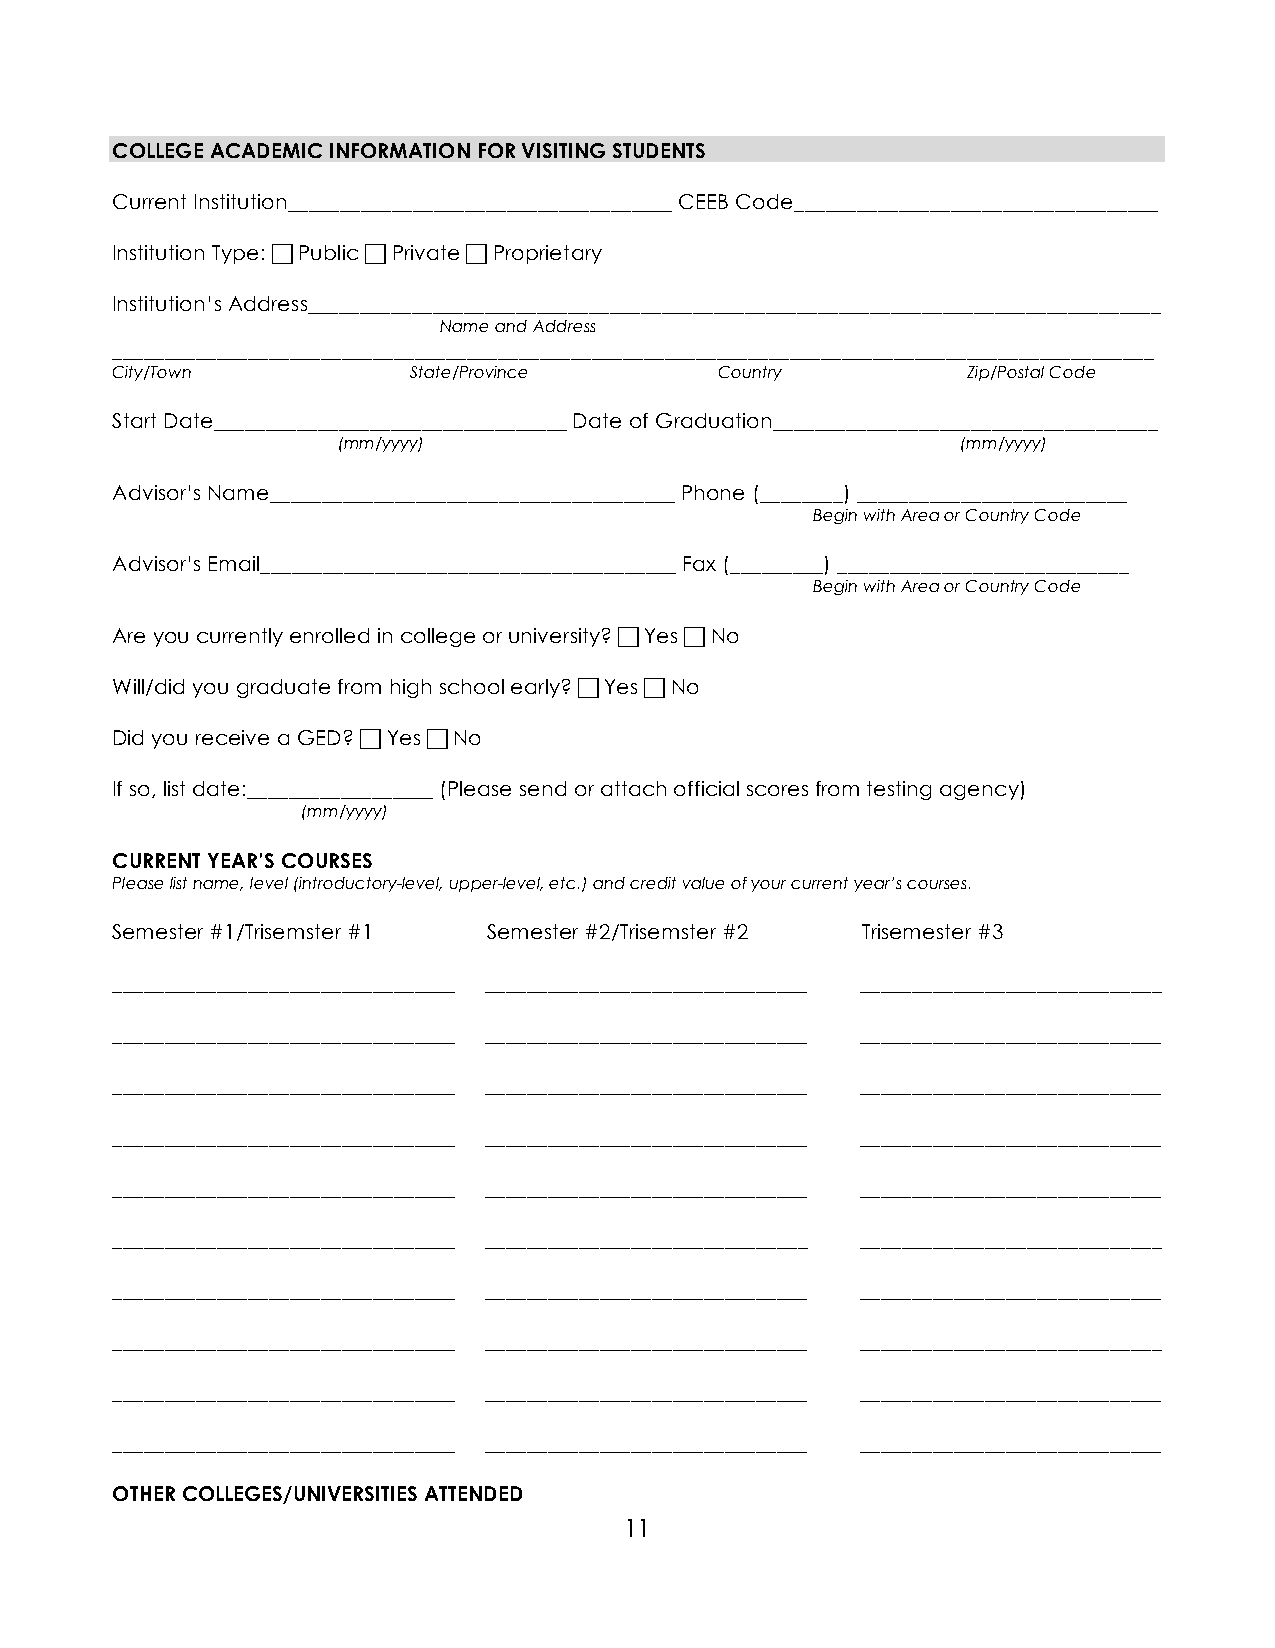
COLLEGE ACADEMIC INFORMATION FOR VISITING STUDENTS
 Current Institution_____________________________________ CEEB Code___________________________________
 Institution Type:  Public  Private  Proprietary
 Institution’s Address__________________________________________________________________________________
 Name and Address
 ____________________________________________________________________________________________________
 City/Town           State/Province       Country         Zip/Postal Code
 Start Date__________________________________ Date of Graduation_____________________________________
 (mm/yyyy)                                 (mm/yyyy)
 Advisor’s Name_______________________________________ Phone (________) __________________________
 Begin with Area or Country Code
 Advisor’s Email________________________________________ Fax (_________) ____________________________
 Begin with Area or Country Code
 Are you currently enrolled in college or university?  Yes  No
 Will/did you graduate from high school early?  Yes  No
 Did you receive a GED?  Yes  No
 If so, list date:__________________ (Please send or attach official scores from testing agency)
 (mm/yyyy)
 CURRENT YEAR’S COURSES
 Please list name, level (introductory-level, upper-level, etc.) and credit value of your current year’s courses.
 Semester #1/Trisemster #1 Semester #2/Trisemster #2 Trisemester #3
 _________________________________ _______________________________ _____________________________
 _________________________________ _______________________________ _____________________________
 _________________________________ _______________________________ _____________________________
 _________________________________ _______________________________ _____________________________
 _________________________________ _______________________________ _____________________________
 _________________________________ _______________________________ _____________________________
 _________________________________ _______________________________ _____________________________
 _________________________________ _______________________________ _____________________________
 _________________________________ _______________________________ _____________________________
 _________________________________ _______________________________ _____________________________
 OTHER COLLEGES/UNIVERSITIES ATTENDED
 11